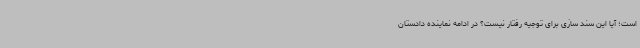
است؛ آیا این سند سازی برای توجیه رفتار نیست؟ در ادامه نماینده دادستان